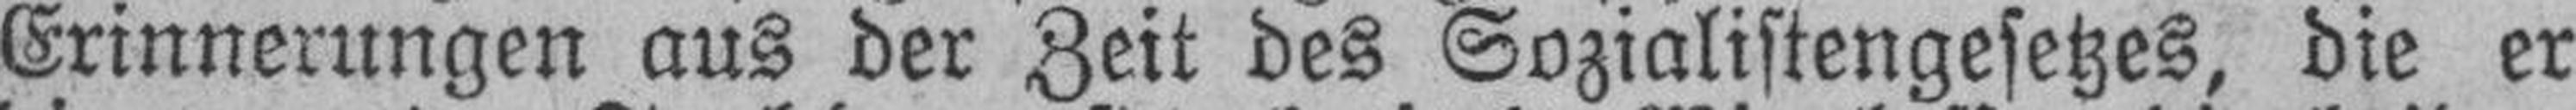
Erinnerungen aus der Zeit des Sozialistengesetzes, die er